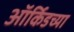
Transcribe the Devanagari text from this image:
ऑर्किडच्या